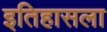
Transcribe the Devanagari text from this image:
इतिहासला